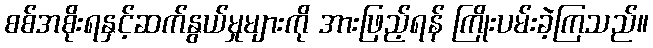
စစ်အစိုးရနှင့်ဆက်နွယ်မှုများကို အားဖြည့်ရန် ကြိုးပမ်းခဲ့ကြသည်။